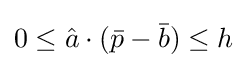
0\leq {\hat {a}}\cdot ({\bar {p}}-{\bar {b}})\leq h